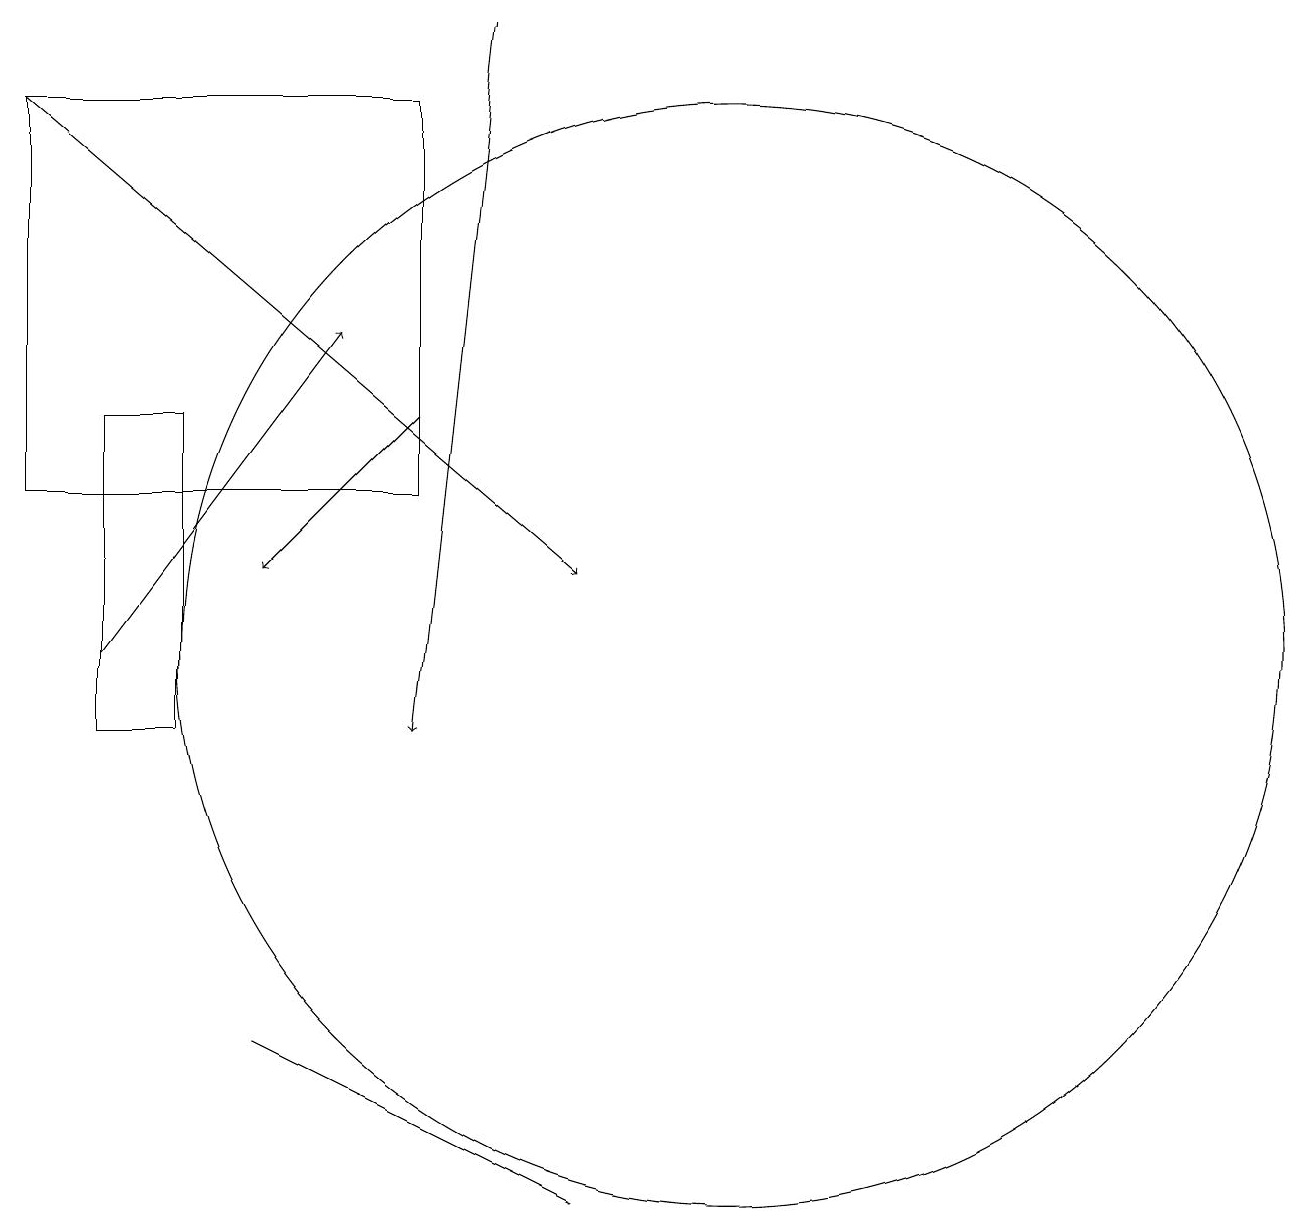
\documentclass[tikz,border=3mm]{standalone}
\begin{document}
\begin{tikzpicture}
\draw[->] (2,18) -- (9,12);
\draw (9,4) -- (5,6) -- (5,6) -- cycle;
\draw (3,14) rectangle (4,10);
\draw[->] (8,19) -- (7,10);
\draw (2,13) rectangle (7,18);
\draw[->] (7,14) -- (5,12);
\draw (11,11) circle (7);
\draw[->] (3,11) -- (6,15);
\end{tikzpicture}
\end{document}